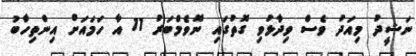
ނަޝީދު މިއަދު ވެސް ވިދާޅުވި ގޮތުގައި ނޮވެމްބަރު 11 އާ ހަމައަށް އިންތިހާބު